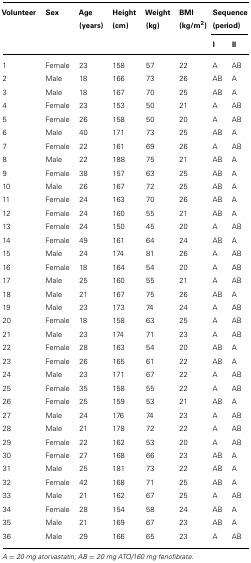
<table><thead><tr><td><b>Volunteer</b></td><td><b>Sex</b></td><td><b>Age (years)</b></td><td><b>Height (cm)</b></td><td><b>Weight (kg)</b></td><td><b>BMI (kg/m<sup>2</sup>)</b></td><td colspan="2"><b>Sequence (period)</b></td></tr><tr><td></td><td></td><td></td><td></td><td></td><td></td><td><b>I</b></td><td><b>II</b></td></tr></thead><tbody><tr><td>1</td><td>Female</td><td>23</td><td>158</td><td>57</td><td>22</td><td>A</td><td>AB</td></tr><tr><td>2</td><td>Male</td><td>18</td><td>166</td><td>73</td><td>26</td><td>AB</td><td>A</td></tr><tr><td>3</td><td>Male</td><td>18</td><td>167</td><td>70</td><td>25</td><td>AB</td><td>A</td></tr><tr><td>4</td><td>Female</td><td>23</td><td>153</td><td>50</td><td>21</td><td>A</td><td>AB</td></tr><tr><td>5</td><td>Female</td><td>26</td><td>158</td><td>50</td><td>20</td><td>A</td><td>AB</td></tr><tr><td>6</td><td>Male</td><td>40</td><td>171</td><td>73</td><td>25</td><td>AB</td><td>A</td></tr><tr><td>7</td><td>Female</td><td>22</td><td>161</td><td>69</td><td>26</td><td>A</td><td>AB</td></tr><tr><td>8</td><td>Male</td><td>22</td><td>188</td><td>75</td><td>21</td><td>AB</td><td>A</td></tr><tr><td>9</td><td>Female</td><td>38</td><td>157</td><td>63</td><td>25</td><td>AB</td><td>A</td></tr><tr><td>10</td><td>Male</td><td>26</td><td>167</td><td>72</td><td>25</td><td>AB</td><td>A</td></tr><tr><td>11</td><td>Female</td><td>24</td><td>163</td><td>70</td><td>26</td><td>AB</td><td>A</td></tr><tr><td>12</td><td>Female</td><td>24</td><td>160</td><td>55</td><td>21</td><td>AB</td><td>A</td></tr><tr><td>13</td><td>Female</td><td>24</td><td>150</td><td>45</td><td>20</td><td>A</td><td>AB</td></tr><tr><td>14</td><td>Female</td><td>49</td><td>161</td><td>64</td><td>24</td><td>AB</td><td>A</td></tr><tr><td>15</td><td>Male</td><td>24</td><td>174</td><td>81</td><td>26</td><td>A</td><td>AB</td></tr><tr><td>16</td><td>Female</td><td>18</td><td>164</td><td>54</td><td>20</td><td>A</td><td>AB</td></tr><tr><td>17</td><td>Male</td><td>25</td><td>160</td><td>55</td><td>21</td><td>A</td><td>AB</td></tr><tr><td>18</td><td>Male</td><td>21</td><td>167</td><td>75</td><td>26</td><td>AB</td><td>A</td></tr><tr><td>19</td><td>Male</td><td>23</td><td>173</td><td>74</td><td>24</td><td>A</td><td>AB</td></tr><tr><td>20</td><td>Female</td><td>18</td><td>158</td><td>63</td><td>25</td><td>A</td><td>AB</td></tr><tr><td>21</td><td>Male</td><td>23</td><td>174</td><td>71</td><td>23</td><td>A</td><td>AB</td></tr><tr><td>22</td><td>Female</td><td>28</td><td>163</td><td>54</td><td>20</td><td>AB</td><td>A</td></tr><tr><td>23</td><td>Female</td><td>26</td><td>165</td><td>61</td><td>22</td><td>AB</td><td>A</td></tr><tr><td>24</td><td>Male</td><td>23</td><td>171</td><td>67</td><td>22</td><td>A</td><td>AB</td></tr><tr><td>25</td><td>Female</td><td>35</td><td>158</td><td>55</td><td>22</td><td>A</td><td>AB</td></tr><tr><td>26</td><td>Female</td><td>25</td><td>159</td><td>53</td><td>21</td><td>AB</td><td>A</td></tr><tr><td>27</td><td>Male</td><td>24</td><td>176</td><td>74</td><td>23</td><td>A</td><td>AB</td></tr><tr><td>28</td><td>Male</td><td>21</td><td>178</td><td>72</td><td>22</td><td>A</td><td>AB</td></tr><tr><td>29</td><td>Female</td><td>22</td><td>162</td><td>53</td><td>20</td><td>A</td><td>AB</td></tr><tr><td>30</td><td>Female</td><td>27</td><td>168</td><td>66</td><td>23</td><td>AB</td><td>A</td></tr><tr><td>31</td><td>Male</td><td>25</td><td>181</td><td>73</td><td>22</td><td>AB</td><td>A</td></tr><tr><td>32</td><td>Female</td><td>42</td><td>168</td><td>71</td><td>25</td><td>AB</td><td>A</td></tr><tr><td>33</td><td>Male</td><td>21</td><td>162</td><td>67</td><td>25</td><td>A</td><td>AB</td></tr><tr><td>34</td><td>Female</td><td>28</td><td>154</td><td>58</td><td>24</td><td>AB</td><td>A</td></tr><tr><td>35</td><td>Male</td><td>21</td><td>169</td><td>67</td><td>23</td><td>AB</td><td>A</td></tr><tr><td>36</td><td>Male</td><td>29</td><td>166</td><td>65</td><td>23</td><td>A</td><td>AB</td></tr></tbody></table>